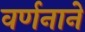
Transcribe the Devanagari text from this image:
वर्णनाने